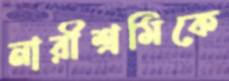
নারীশ্রমিকে